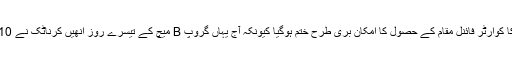
٭ موہالی : رانجی ٹروفی میں مہاراشٹرا کا کوارٹر فائنل مقام کے حصول کا امکان بُری طرح ختم ہوگیا کیونکہ آج یہاں گروپ B میچ کے تیسرے روز انھیں کرناٹک نے 10 وکٹ کی شکست سے دوچار کردیا ہے۔